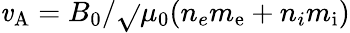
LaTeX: \mathit{v}_{\mathrm{{A}}}=B_{\mathrm{{0}}}/\sqrt{}{{\mu_{\mathrm{{0}}}(n_{e}m_{\mathrm{{e}}}+n_{i}m_{\mathrm{{i}}})}}